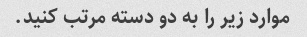
موارد زیر را به دو دسته مرتب کنید.